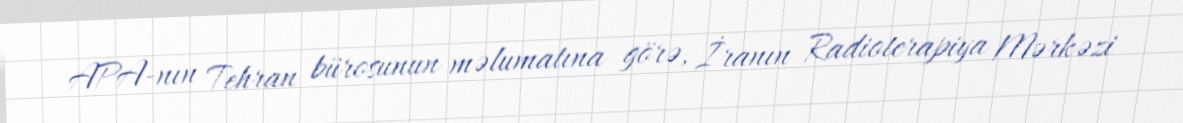
APA-nın Tehran bürosunun məlumatına görə, İranın Radioterapiya Mərkəzi